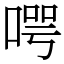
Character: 㗁